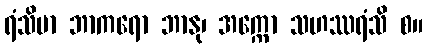
ရံသိမာ ဘာကရော ဘာနု၊ အက္ကော သဟဿရံသိ စ။